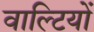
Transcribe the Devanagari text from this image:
वाल्टियों